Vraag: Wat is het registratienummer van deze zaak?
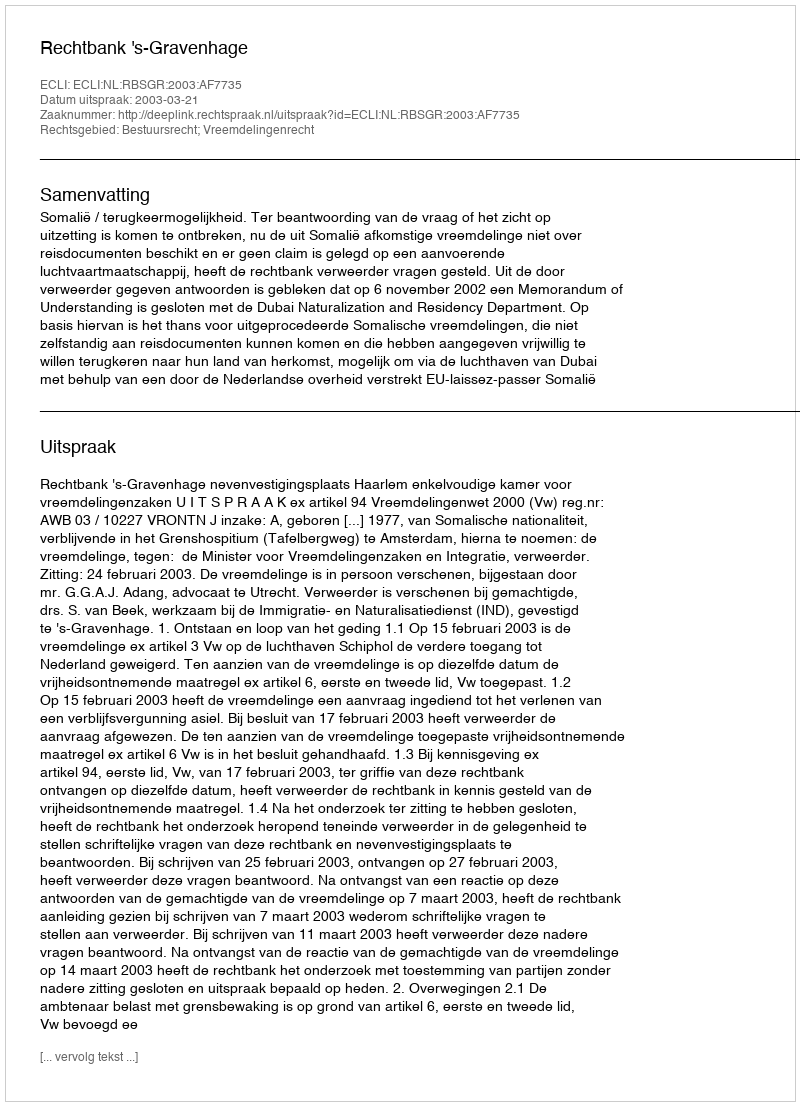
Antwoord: http://deeplink.rechtspraak.nl/uitspraak?id=ECLI:NL:RBSGR:2003:AF7735